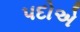
પદોએ